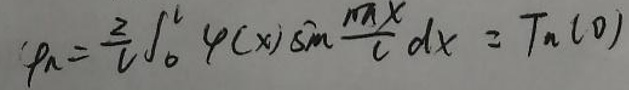
\(f _ { n } = \frac { 2 } { l } \int _ { 0 } ^ { l } \varphi ( x ) \sin \frac { n \pi x } { l } d x = T _ { n } ( 0 )\)